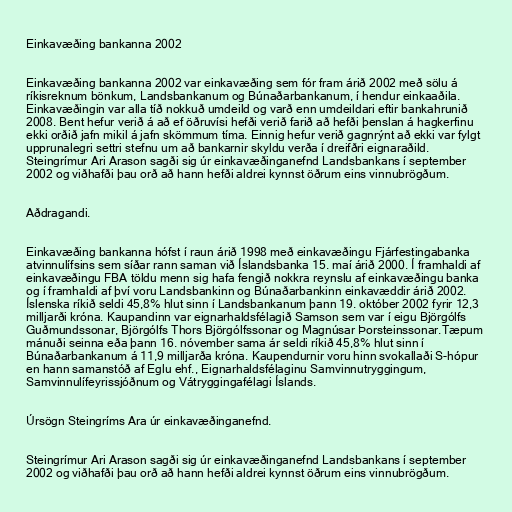
Einkavæðing bankanna 2002

Einkavæðing bankanna 2002 var einkavæðing sem fór fram árið 2002 með sölu á
ríkisreknum bönkum, Landsbankanum og Búnaðarbankanum, í hendur einkaaðila.
Einkavæðingin var alla tíð nokkuð umdeild og varð enn umdeildari eftir bankahrunið
2008. Bent hefur verið á að ef öðruvísi hefði verið farið að hefði þenslan á hagkerfinu
ekki orðið jafn mikil á jafn skömmum tíma. Einnig hefur verið gagnrýnt að ekki var fylgt
upprunalegri settri stefnu um að bankarnir skyldu verða í dreifðri eignaraðild.
Steingrímur Ari Arason sagði sig úr einkavæðinganefnd Landsbankans í september
2002 og viðhafði þau orð að hann hefði aldrei kynnst öðrum eins vinnubrögðum.

Aðdragandi.

Einkavæðing bankanna hófst í raun árið 1998 með einkavæðingu Fjárfestingabanka
atvinnulífsins sem síðar rann saman við Íslandsbanka 15. maí árið 2000. Í framhaldi af
einkavæðingu FBA töldu menn sig hafa fengið nokkra reynslu af einkavæðingu banka
og í framhaldi af því voru Landsbankinn og Búnaðarbankinn einkavæddir árið 2002.
Íslenska ríkið seldi 45,8% hlut sinn í Landsbankanum þann 19. október 2002 fyrir 12,3
milljarði króna. Kaupandinn var eignarhaldsfélagið Samson sem var í eigu Björgólfs
Guðmundssonar, Björgólfs Thors Björgólfssonar og Magnúsar Þorsteinssonar.Tæpum
mánuði seinna eða þann 16. nóvember sama ár seldi ríkið 45,8% hlut sinn í
Búnaðarbankanum á 11,9 milljarða króna. Kaupendurnir voru hinn svokallaði S-hópur
en hann samanstóð af Eglu ehf., Eignarhaldsfélaginu Samvinnutryggingum,
Samvinnulífeyrissjóðnum og Vátryggingafélagi Íslands.

Úrsögn Steingríms Ara úr einkavæðinganefnd.

Steingrímur Ari Arason sagði sig úr einkavæðinganefnd Landsbankans í september
2002 og viðhafði þau orð að hann hefði aldrei kynnst öðrum eins vinnubrögðum.